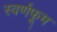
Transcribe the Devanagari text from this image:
स्वर्णफूम